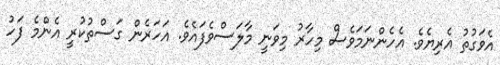
އެވަގުތު އެރިޔެވެ. އެހެންނަމަވެސް މިހާރު މިވަނީ މާލަސްވެފައެވެ. އަހަރެން ގަސްތުކުރީ އެންމެ ފަހު